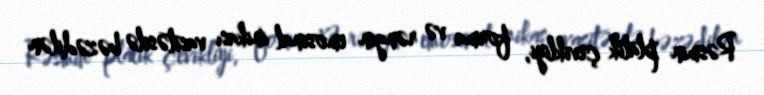
Rəsmin platik çevikliyi, forma və rəngin emosinal inikası vasitəsilə bəzədilən